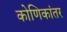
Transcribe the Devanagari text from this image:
कोणिकांतर